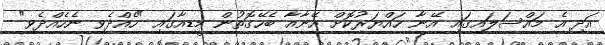
އަދި އެ މައްސަލައިގައި އޭނާ ހައްޔަރުކޮށް އޭނާއާ ބެހޭގޮތުން މީޑިއާގައި "ހެއްދެވި ނެހެއްދެވި"